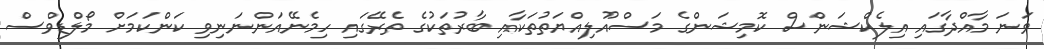
ވަނަ މާއްދާގައި އިލެކްޝަންސް ކޮމިޝަންގެ މަސްއޫލިއްޔަތުތަކާއި ބާރުތަކުގެ ތެރޭގައި ހިމެނޭއަންނަނިވި ކަންކަމަށް މޯލްޑިވްސް